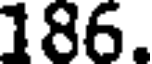
186.